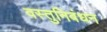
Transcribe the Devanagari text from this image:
वस्तुनिबंधन